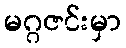
မဂ္ဂဇင်းမှာ